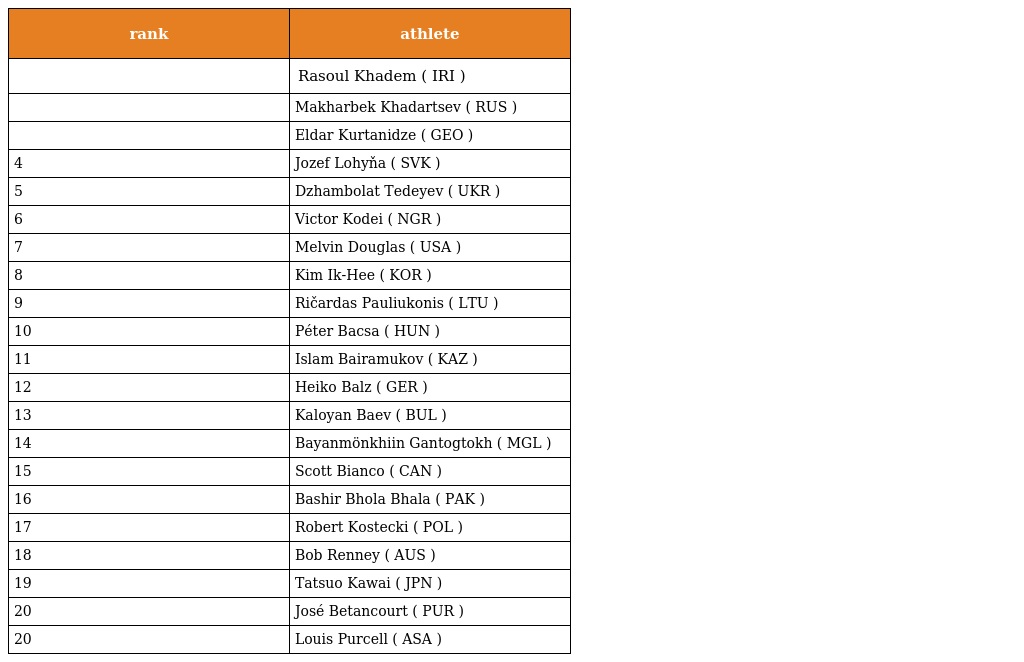
| rank | athlete |
 | --- | --- |
 |  | Rasoul Khadem ( IRI ) |
 |  | Makharbek Khadartsev ( RUS ) |
 |  | Eldar Kurtanidze ( GEO ) |
 | 4 | Jozef Lohyňa ( SVK ) |
 | 5 | Dzhambolat Tedeyev ( UKR ) |
 | 6 | Victor Kodei ( NGR ) |
 | 7 | Melvin Douglas ( USA ) |
 | 8 | Kim Ik-Hee ( KOR ) |
 | 9 | Ričardas Pauliukonis ( LTU ) |
 | 10 | Péter Bacsa ( HUN ) |
 | 11 | Islam Bairamukov ( KAZ ) |
 | 12 | Heiko Balz ( GER ) |
 | 13 | Kaloyan Baev ( BUL ) |
 | 14 | Bayanmönkhiin Gantogtokh ( MGL ) |
 | 15 | Scott Bianco ( CAN ) |
 | 16 | Bashir Bhola Bhala ( PAK ) |
 | 17 | Robert Kostecki ( POL ) |
 | 18 | Bob Renney ( AUS ) |
 | 19 | Tatsuo Kawai ( JPN ) |
 | 20 | José Betancourt ( PUR ) |
 | 20 | Louis Purcell ( ASA ) |